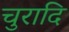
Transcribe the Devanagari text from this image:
चुरादि